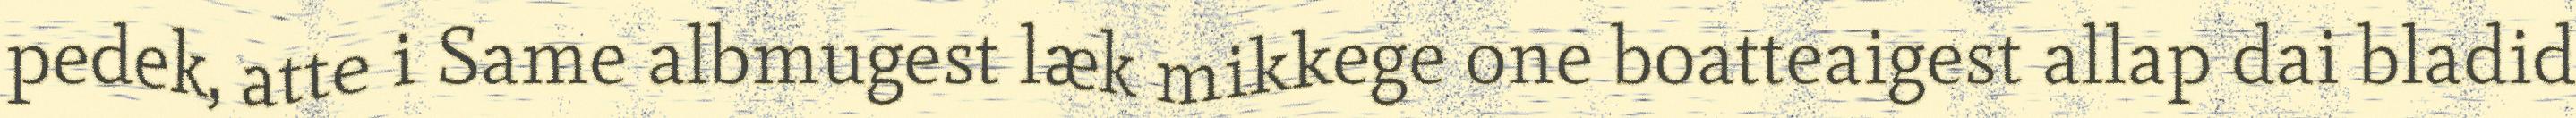
pedek, atte i Same albmugest læk mikkege one boatteaigest allap dai bladid